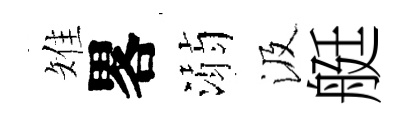
雉畧溺汲艇